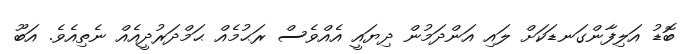
ބޮޑު އަލިފާންގަނޑަކަށް ލައި އަންދަމުން ދިޔައީ އެއްވެސް ރަޙުމެއް ޙަމްދަރުދީއެއް ނެތިއެވެ. އަބޫ